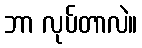
ဘာ လုပ်တာလဲ။